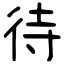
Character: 待